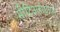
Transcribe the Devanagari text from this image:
मीटिअरोग्राफ़